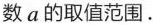
数a的取值范围.